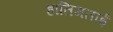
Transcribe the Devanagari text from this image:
हातिमताई